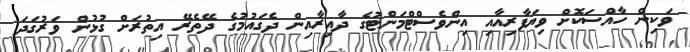
ވަކިން ހާއްސަކޮށް ވިޔަފާރިއާއި އިންވެސްޓްމަންޓުގެ ދާއިރާއިން ދެގައުމުގެ ދޭތެރޭ އިތުރަށް ގުޅުން ވަރުގަދަ